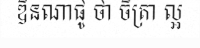
ឌិនណាផូ ថា ចិត្រា ល្អ